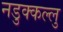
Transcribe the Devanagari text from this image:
नडुक्कल्लु